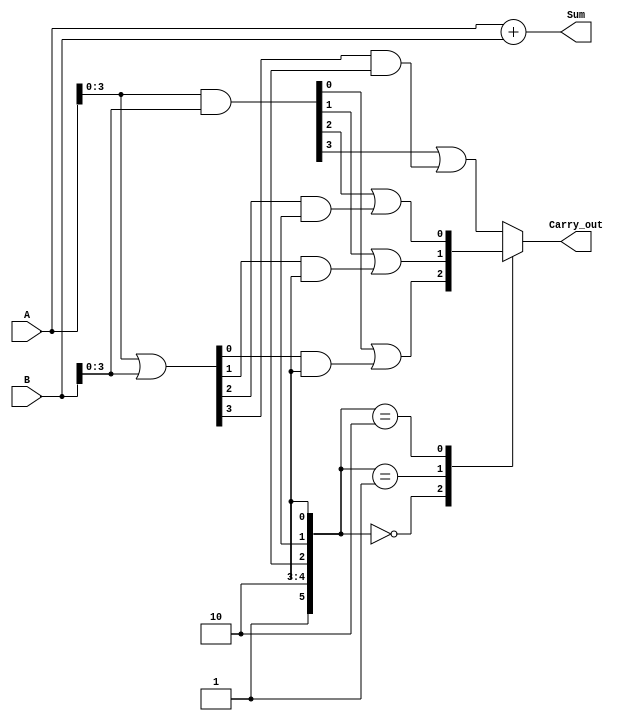
module carry_select_lookahead_adder (
    input wire [15:0] A, // input operand A
    input wire [15:0] B, // input operand B
    output reg [15:0] Sum, // output sum
    output reg Carry_out // carry out signal
);

// Arithmetic block to perform addition of operands A and B
always @* begin
    Sum = A + B;
end

// Generate carry signals using carry-lookahead technique
reg [15:0] P, G, C;
reg [3:0] C_sel;

assign P = A & B;
assign G = A | B;
assign C_sel[0] = P[0] | G[0] & C[0];
assign C_sel[1] = P[1] | G[1] & C[0];
assign C_sel[2] = P[2] | G[2] & C[1];
assign C_sel[3] = P[3] | G[3] & C[2];

// Select carry signal using carry-select technique
always @* begin
    case(C)
        4'b0000:
            Carry_out = C_sel[0];
        4'b0001:
            Carry_out = C_sel[1];
        4'b0010:
            Carry_out = C_sel[2];
        4'b0011:
            Carry_out = C_sel[3];
        default:
            Carry_out = C_sel[3];
    endcase
end

endmodule